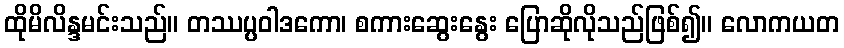
ထိုမိလိန္ဒမင်းသည်။ တဿပ္ပဝါဒကော၊ စကားဆွေးနွေး ပြောဆိုလိုသည်ဖြစ်၍။ လောကယတ